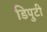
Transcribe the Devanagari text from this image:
डिपुटी